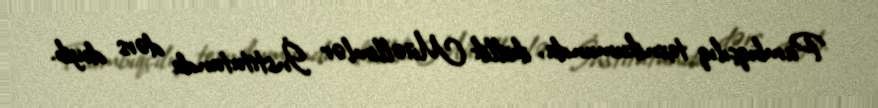
Pambıqçılıq texnikumunda, ikiillik Müəllimlər İnstitutunda dərs deyib.